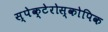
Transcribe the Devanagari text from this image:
स्पेक्टेरोस्कोपिक